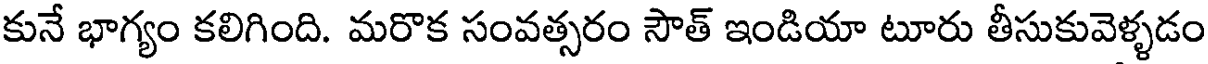
కునే భాగ్యం కలిగింది. మరొక సంవత్సరం సౌత్ ఇండియా టూరు తీసుకువెళ్ళడం